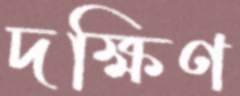
দক্ষিণ